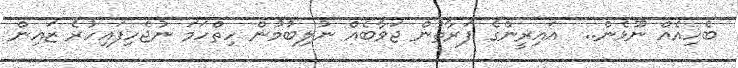
ބެހިއެއް ނޫޅެން..  އައިރީންގެ ފަރާތުން ޖަވާބެއް ނުލިބުމުން ހިތްހަމަ ނުޖެހިފައިހުރެ ޒައިން